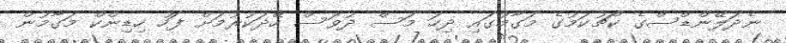
ނެދަލޭންޑްސްގެ ކޯޗުކަމުގެ މަގާމުގައި ދިހަ މަސް ދުވަސް ހޭދަކުރުމަށް ފަހު ހިޑިންކް މަގާމުން